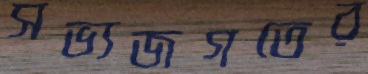
সভ্যজগতের